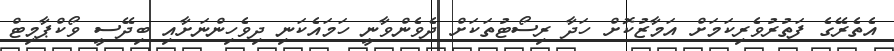
އެތެރޭގެ ފަތުރުވެރިކަމަށް އަމާޒުކޮށް ހަދާ ރިސޯޓުތަކަށް ދެވެންވާނީ ހަމައެކަނި ދިވެހިންނަށާއި ބިދޭސީ ވޯކްޕާމިޓް